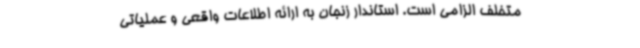
متخلف الزامی است. استاندار زنجان به ارائه اطلاعات واقعی و عملیاتی